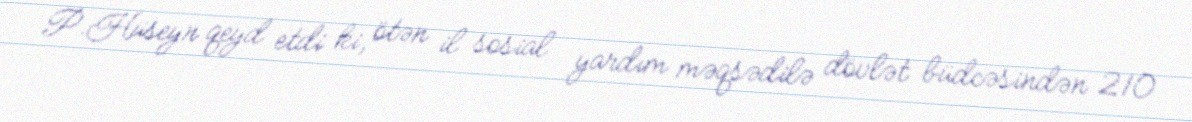
P.Hüseyn qeyd etdi ki, ötən il sosial yardım məqsədilə dövlət büdcəsindən 210